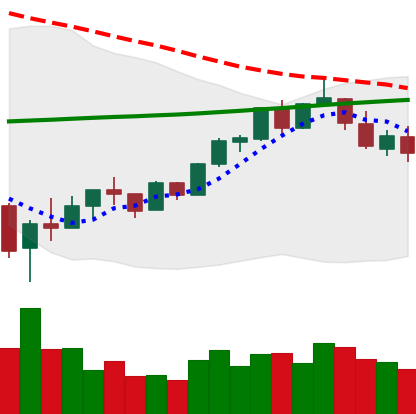
Ticker: BTC-USD
Chart end date: 2018-02-24
Forward return: 11.596%
Label: up_7plus